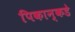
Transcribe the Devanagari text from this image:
पिकान्कडे